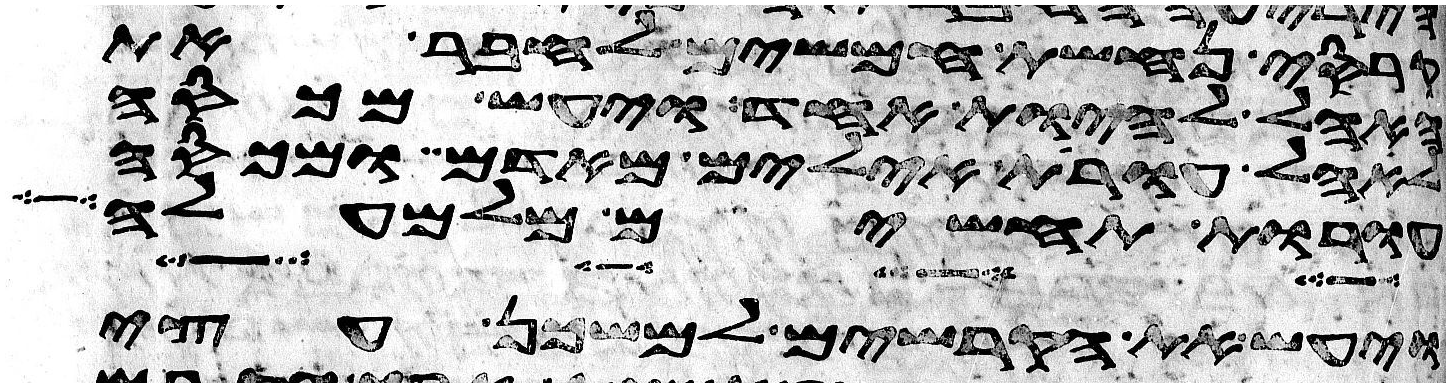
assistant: קרסי נחשת חמשים לחבר את
האהל להיות אחד ויעש מכסה
לאהל עורת אילים מאדמים ומכסה
עורות תחשים מלמעלה
ויעש את הקרשים למשכן עצי